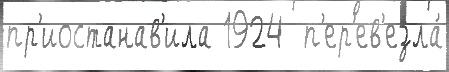
пр'иостанав'ила 1924  п'ер'ев'езла́